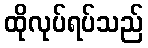
ထိုလုပ်ရပ်သည်